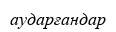
аударғандар